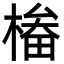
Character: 㮥